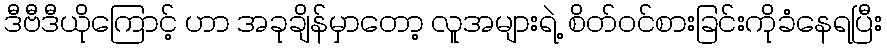
ဒီဗီဒီယိုကြောင့် ဟာ အခုချိန်မှာတော့ လူအများရဲ့ စိတ်ဝင်စားခြင်းကိုခံနေရပြီး